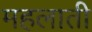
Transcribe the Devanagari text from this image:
महलाती